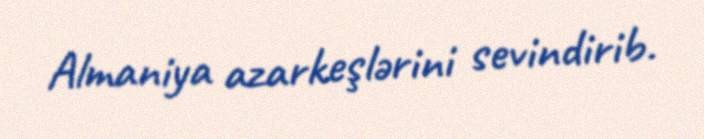
Almaniya azarkeşlərini sevindirib.